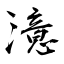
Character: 澺